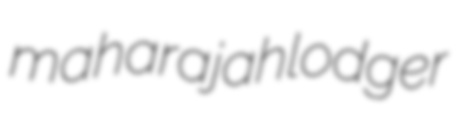
maharajah lodger